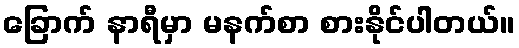
ခြောက် နာရီမှာ မနက်စာ စားနိုင်ပါတယ်။